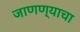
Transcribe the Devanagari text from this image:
जाणण्याचा